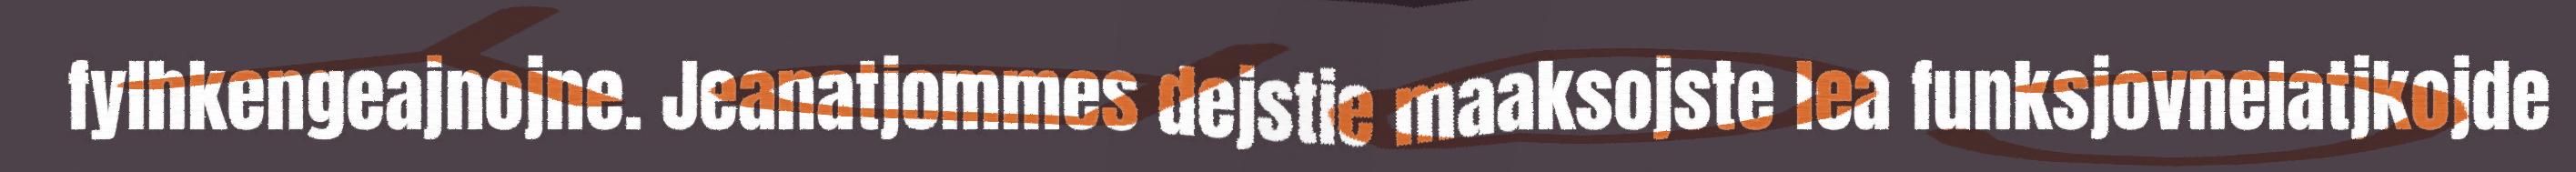
fylhkengeajnojne. Jeanatjommes dejstie maaksojste lea funksjovnelatjkojde